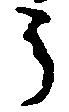
う